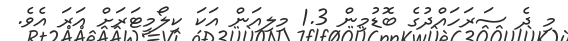
މި ދެ ސަރަހައްދުގެ ބޮޑުމިން 1.3 މިލިއަން އަކަ ކިލޯމީޓަރަށް އަރަ އެވެ.